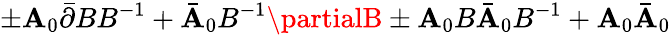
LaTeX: \pm\mathbf{A}_{0}\bar{{\partial}}BB^{-1}+\bar{{\mathbf{A}}}_{0}B^{-1}\partialB\pm\mathbf{A}_{0}B\bar{{\mathbf{A}}}_{0}B^{-1}+\mathbf{A}_{0}\bar{{\mathbf{A}}}_{0}